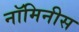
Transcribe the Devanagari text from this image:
नॉमिनीस